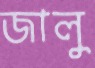
জালু